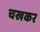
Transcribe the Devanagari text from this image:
चखकर